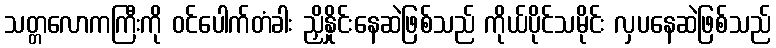
သတ္တလောကကြီးကို ဝင်ပေါက်တံခါး ညှိနှိုင်းနေဆဲဖြစ်သည် ကိုယ်ပိုင်သမိုင်း လှပနေဆဲဖြစ်သည်